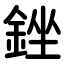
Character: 銼